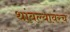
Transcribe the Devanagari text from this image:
थांबल्यावरच